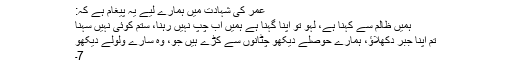
عمر کی شہادت میں ہمارے لیے یہ پیغام ہے کہ:
ہمیں ظالم سے کہنا ہے، لہو تو اپنا گہنا ہے ہمیں اب چپ نہیں رہنا، ستم کوئی نہیں سہنا
تم اپنا جبر دکھلاؤ، ہمارے حوصلے دیکھو چٹانوں سے کڑے ہیں جو، وہ سارے ولولے دیکھو
7۔